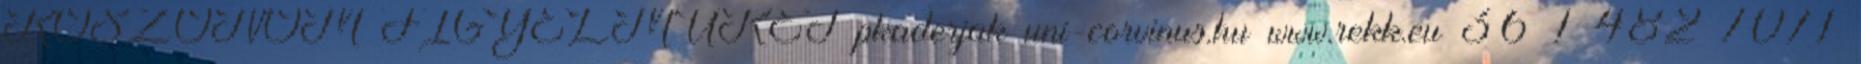
KÖSZÖNÖM FIGYELMÜKET pkaderjak uni-corvinus.hu www.rekk.eu 36 1 482 7071